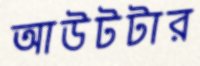
আউটটার